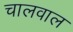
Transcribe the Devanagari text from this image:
चालवाल